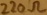
Text: 220Ω